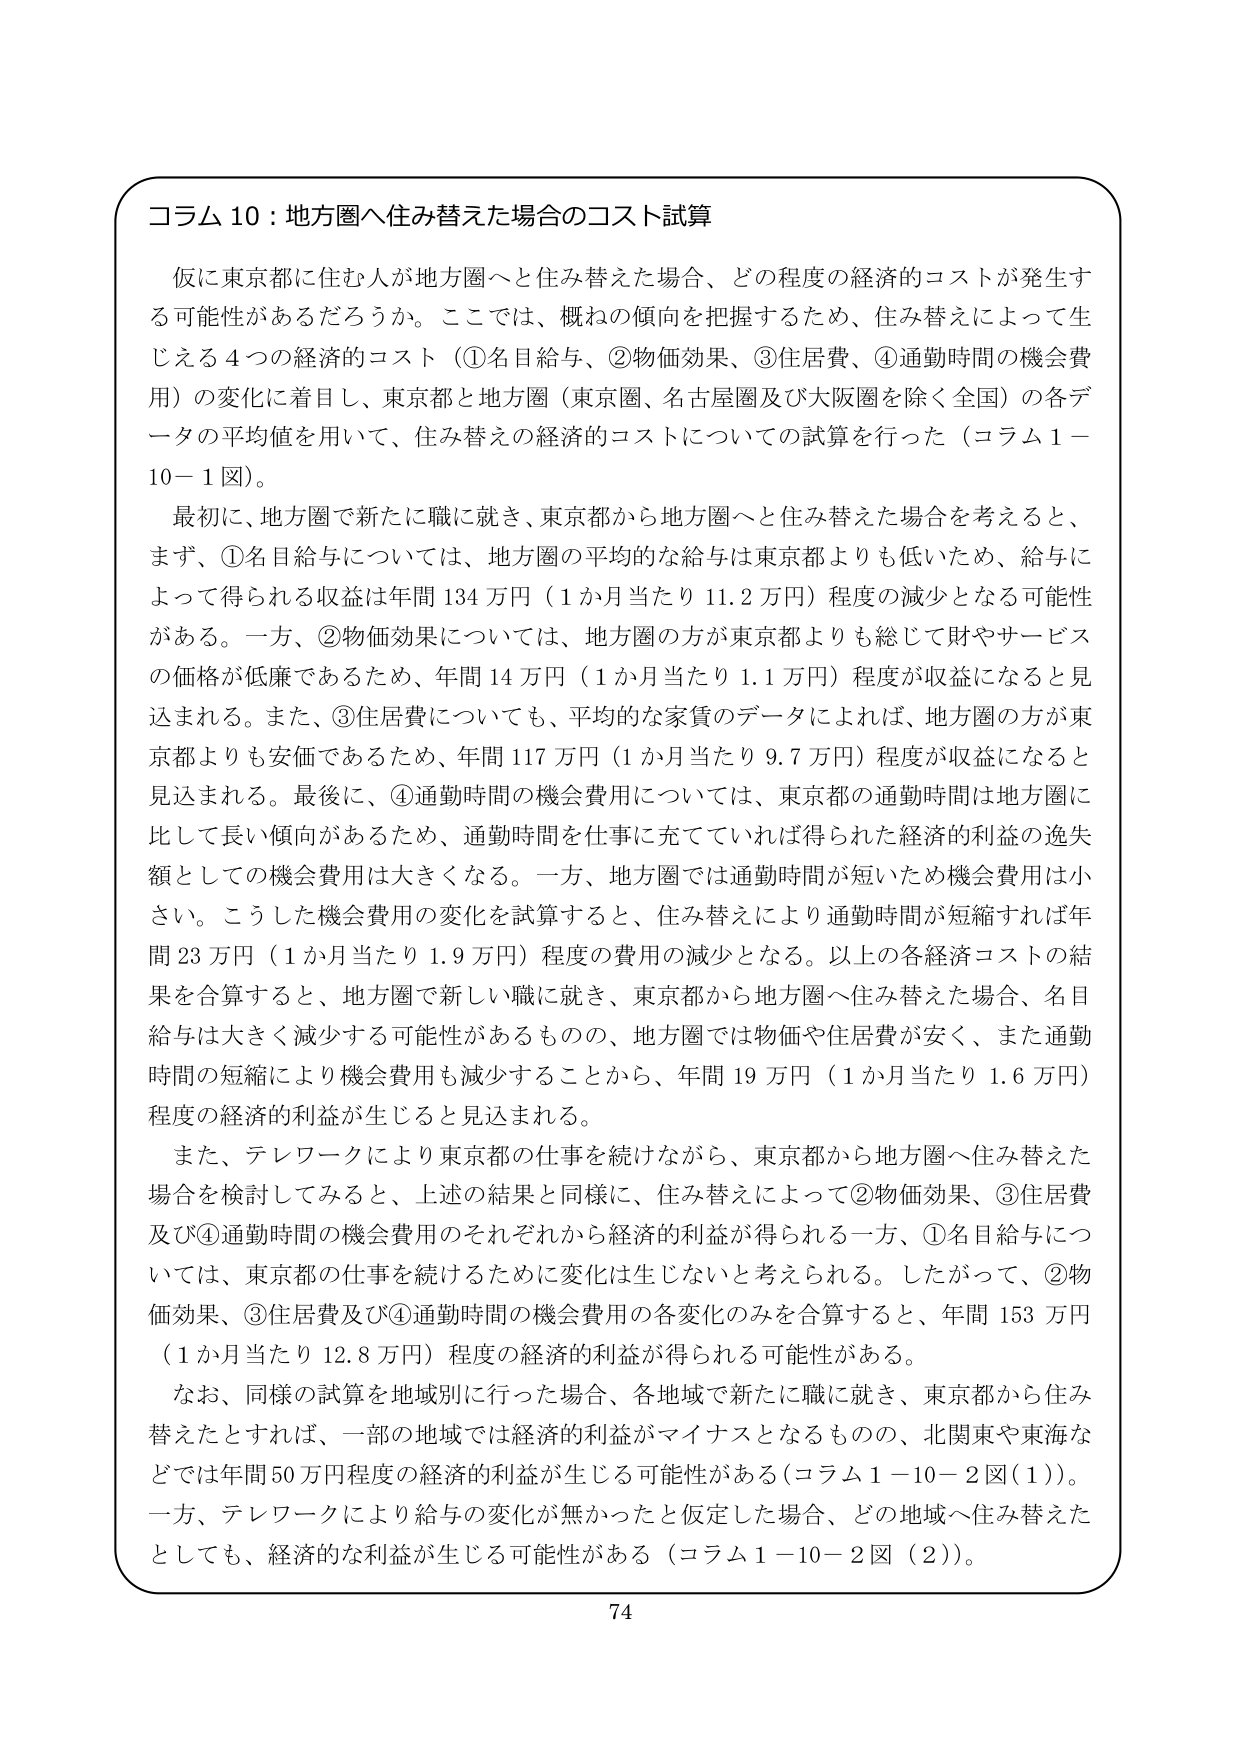
コラム 10：地方圏へ住み替えた場合のコスト試算

仮に東京都に住む人が地方圏へと住み替えた場合、どの程度の経済的コストが発生する可能性があるだろうか。ここでは、概ねの傾向を把握するため、住み替えによって生じえる4つの経済的コスト（①名目給与、②物価効果、③住居費、④通勤時間の機会費用）の変化に着目し、東京都と地方圏（東京圏、名古屋圏及び大阪圏を除く全国）の各データの平均値を用いて、住み替えの経済的コストについての試算を行った（コラム1－10－1図）。

最初に、地方圏で新たに職に就き、東京都から地方圏へと住み替えた場合を考えると、まず、①名目給与については、地方圏の平均的な給与は東京都よりも低いため、給与によって得られる収益は年間134万円（1か月当たり11.2万円）程度の減少となる可能性がある。一方、②物価効果については、地方圏の方が東京都よりも総じて財やサービスの価格が低廉であるため、年間14万円（1か月当たり1.1万円）程度が収益になると見込まれる。また、③住居費についても、平均的な家賃のデータによれば、地方圏の方が東京都よりも安価であるため、年間117万円（1か月当たり9.7万円）程度が収益になると見込まれる。最後に、④通勤時間の機会費用については、東京都の通勤時間は地方圏に比して長い傾向があるため、通勤時間を仕事に充てていれば得られた経済的利益の逸失額としての機会費用は大きくなる。一方、地方圏では通勤時間が短いため機会費用は小さい。こうした機会費用の変化を試算すると、住み替えにより通勤時間が短縮すれば年間23万円（1か月当たり1.9万円）程度の費用の減少となる。以上の各経済コストの結果を合算すると、地方圏で新しい職に就き、東京都から地方圏へ住み替えた場合、名目給与は大きく減少する可能性があるものの、地方圏では物価や住居費が安く、また通勤時間の短縮により機会費用も減少することから、年間19万円（1か月当たり1.6万円）程度の経済的利益が生じると見込まれる。

また、テレワークにより東京都の仕事を続けながら、東京都から地方圏へ住み替えた場合を検討してみると、上述の結果と同様に、住み替えによって②物価効果、③住居費及び④通勤時間の機会費用のそれぞれから経済的利益が得られる一方、①名目給与については、東京都の仕事を続けるために変化は生じないと考えられる。したがって、②物価効果、③住居費及び④通勤時間の機会費用の各変化のみを合算すると、年間153万円（1か月当たり12.8万円）程度の経済的利益が得られる可能性がある。

なお、同様の試算を地域別に行った場合、各地域で新たに職に就き、東京都から住み替えたとすれば、一部の地域では経済的利益がマイナスとなるものの、北関東や東海などでは年間50万円程度の経済的利益が生じる可能性がある（コラム1－10－2図（1））。一方、テレワークにより給与の変化が無かったと仮定した場合、どの地域へ住み替えたとしても、経済的な利益が生じる可能性がある（コラム1－10－2図（2））。

74